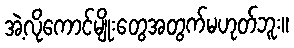
အဲ့လိုကောင်မျိုးတွေအတွက်မဟုတ်ဘူး။